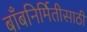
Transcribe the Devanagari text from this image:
बाँबनिर्मितीसाठी